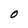
Character: O